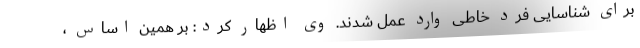
برای شناسایی فرد خاطی وارد عمل شدند. وی اظهار کرد: بر همین اساس ،